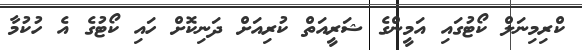
ކްރިމިނަލް ކޯޓުގައި އަމީންގެ ޝަރީއަތް ކުރިއަށް ދަނިކޮށް ހައި ކޯޓުގެ އެ ހުކުމާ